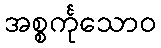
အစ္စင်္ကုသောဝ